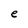
Character: e